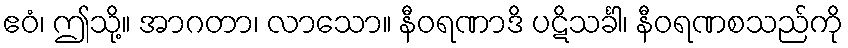
ဧဝံ၊ ဤသို့။ အာဂတာ၊ လာသော။ နီဝရဏာဒိ ပဋိသင်္ခါ၊ နီဝရဏစသည်ကို